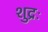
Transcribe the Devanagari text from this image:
शुद्रः